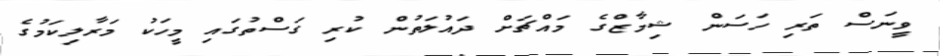
ވީނަސް ތަރި ހަސަން ޝިމާޒްގެ މައްޗަށް ދައުލަތުން ކުރި ގަސްތުގައި މީހަކު މަރާލިކަމުގެ